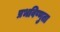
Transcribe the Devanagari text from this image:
प्रभविष्णुता